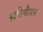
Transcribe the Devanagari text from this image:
इलीनौयस